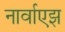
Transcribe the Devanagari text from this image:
नार्वाएझ